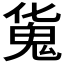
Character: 𩲜